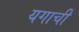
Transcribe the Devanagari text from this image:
यगाची